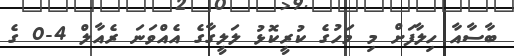
ބާސާއާ ހިލާފަށް މި މަހުގެ ކުރީކޮޅު ލަލީގާގެ އެއްވަނަ ރެއާލް 4-0 ގެ